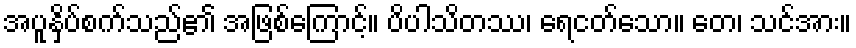
အပူနှိပ်စက်သည်၏ အဖြစ်ကြောင့်။ ပိပါသိတဿ၊ ရေငတ်သော။ တေ၊ သင်အား။